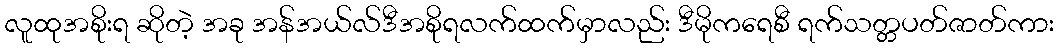
လူထုအစိုးရ ဆိုတဲ့ အခု အန်အယ်လ်ဒီအစိုရလက်ထက်မှာလည်း ဒီမိုကရေစီ ရက်သတ္တပတ်ဇာတ်ကား